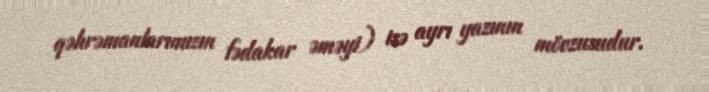
qəhrəmanlarımızın fədakar əməyi) isə ayrı yazının mövzusudur.